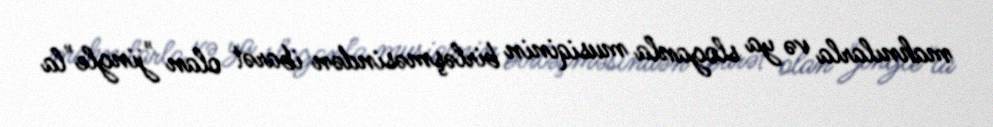
mahnılarla və ya sloganla musiqinin birləşməsindən ibarət olan "jingle"la